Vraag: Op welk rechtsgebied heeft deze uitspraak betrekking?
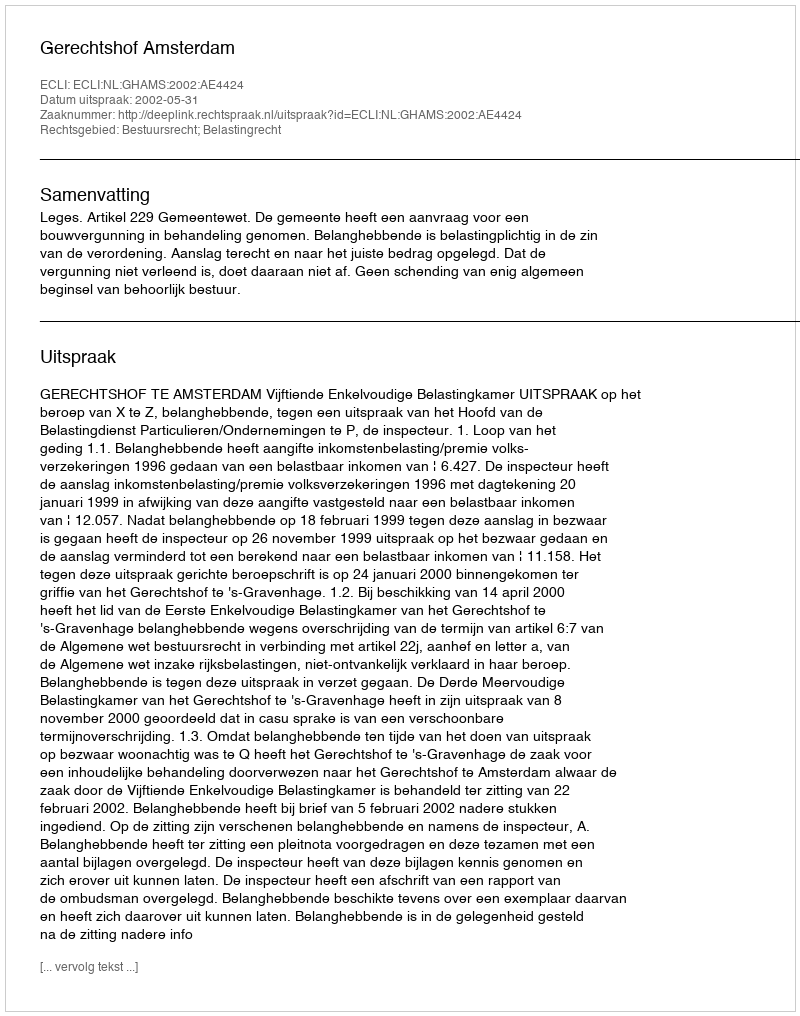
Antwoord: Bestuursrecht; Belastingrecht